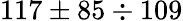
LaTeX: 117\pm 85\div 109